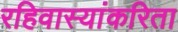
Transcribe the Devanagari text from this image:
रहिवास्यांकरिता